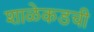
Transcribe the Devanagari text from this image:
शाळेकडची